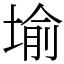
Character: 堬